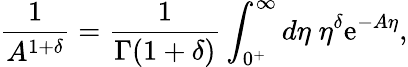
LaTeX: \frac{1}{A^{1+\delta}}=\frac{1}{\Gamma(1+\delta)}\int_{0^{+}}^{\infty}d\eta\; \eta^{\delta}\mathrm{e}^{-A\eta},